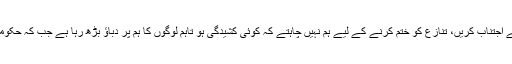
وزیر داخلہ کا کہنا تھا کہ دھرنے کے قائدین اشتعال انگیز بیانات سے اجتناب کریں، تنازع کو ختم کرنے کے لیے ہم نہیں چاہتے کہ کوئی کشیدگی ہو تاہم لوگوں کا ہم پر دباؤ بڑھ رہا ہے جب کہ حکومت پوری کوشش کررہی ہے کہ اس معاملے کو جلدی ختم کیا جائے۔